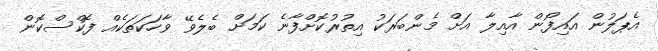
އެޕަލުން އައިފޯން އާއިލާ އަށް މެންބަރަކު އިތުރުކޮށްފާނެ ކަމަށް ބެލެވޭ ވާހަކަތަކެއް ފޮކްސްކޮން